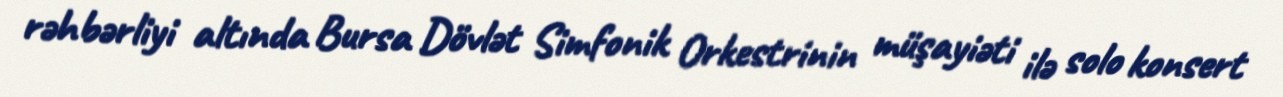
rəhbərliyi altında Bursa Dövlət Simfonik Orkestrinin müşayiəti ilə solo konsert